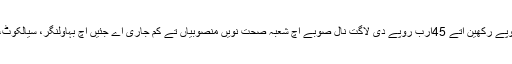
انہاں آکھیا جو اساڈی حکومت صحت دے شعبے اچ ایں سال دے بجٹ اچ277ارب روپے رکھین اتے 45ارب روپے دی لاگت نال صوبے اچ شعبہ صحت نویں منصوبیاں تے کم جاری اے جئیں اچ بہاولنگر، سیالکوٹ، میانوالی، اٹک، راجن پور، لیہ اتے مظفرگڑھ اچ مدر اینڈ چائلڈ ہسپتال بنڑائے ویسن ۔